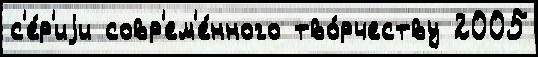
с'е́р'иjи совр'ем'е́нного тво́рчеству 2005